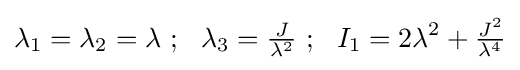
\lambda _{1}=\lambda _{2}=\lambda ~;~~\lambda _{3}={\tfrac {J}{\lambda ^{2}}}~;~~I_{1}=2\lambda ^{2}+{\tfrac {J^{2}}{\lambda ^{4}}}